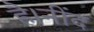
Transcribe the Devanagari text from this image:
है।नींद